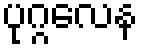
ပုဂ္ဂလေန